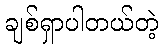
ချစ်ရှာပါတယ်တဲ့